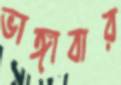
ভাঙ্গাবার